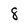
Character: 8